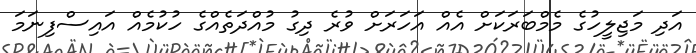
އަދި މަޖިލީހުގެ މެމްބަރަކަށް އެއް އަހަރަށް ވުރެ ދިގު މުއްދަތެއްގެ ހުކުމެއް އައިސްފިނަމަ